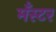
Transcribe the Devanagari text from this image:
मँस्टर